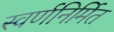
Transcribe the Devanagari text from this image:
स्वर्णनिर्मित